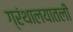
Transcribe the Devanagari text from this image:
ग्रंथालयातली